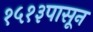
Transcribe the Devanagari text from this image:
१५१३पासून